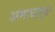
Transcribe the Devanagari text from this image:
अमाथागुडा